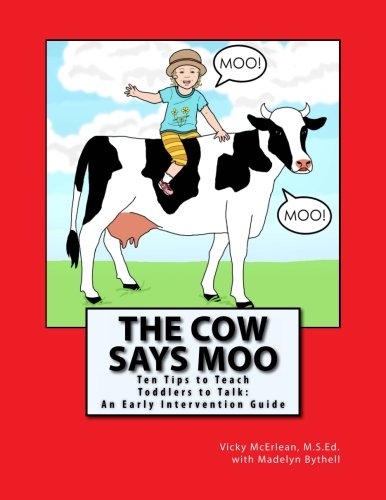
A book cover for The Cow Says Moo: Ten Tips to Teach Toddlers to Talk:  An Early Intervention Guide; Vicky McErlean; Reference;